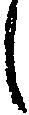
し